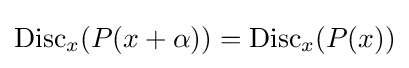
\operatorname {Disc} _{x}(P(x+\alpha ))=\operatorname {Disc} _{x}(P(x))